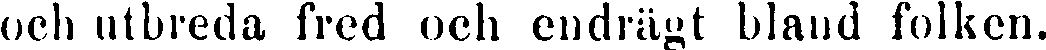
och utbreda fred och endrägt bland folken.